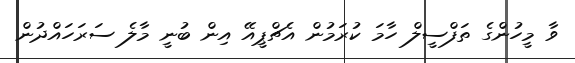
ވާ މީހުންގެ ތަފްސީލް ހާމަ ކުރަމުން އެޗްޕީއޭ އިން ބުނީ މާލެ ސަރަހައްދުން